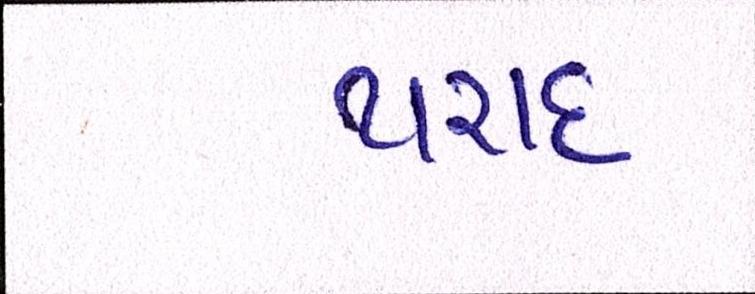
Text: થરાદ